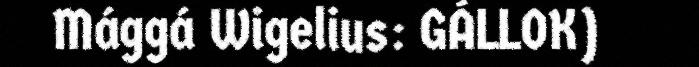
Mággá Wigelius: GÁLLOK)